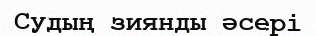
Судың зиянды әсері